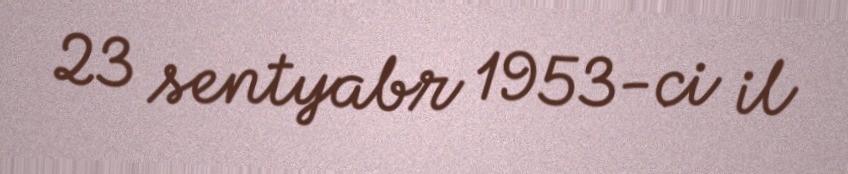
23 sentyabr 1953-ci il